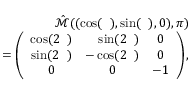
\begin{array} { r l r } & { } & { \hat { \mathcal { M } } ( ( \cos ( { \it \Delta \phi } ) , \sin ( { \it \Delta \phi } ) , 0 ) , \pi ) } \\ & { } & { = \left( \begin{array} { c c c } { \cos ( 2 { \it \Delta \phi } ) } & { \ \ \ \sin ( 2 { \it \Delta \phi } ) } & { 0 } \\ { \sin ( 2 { \it \Delta \phi } ) } & { - \cos ( 2 { \it \Delta \phi } ) } & { 0 } \\ { 0 } & { 0 } & { - 1 } \end{array} \right) , } \end{array}